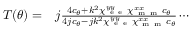
\begin{array} { r l } { T ( \theta ) = } & { { } j \frac { 4 c _ { \theta } + k ^ { 2 } \chi _ { \mathrm { ~ e ~ e ~ } } ^ { y y } \chi _ { \mathrm { ~ m ~ m ~ } } ^ { x x } c _ { \theta } } { 4 j c _ { \theta } - j k ^ { 2 } \chi _ { \mathrm { ~ e ~ e ~ } } ^ { y y } \chi _ { \mathrm { ~ m ~ m ~ } } ^ { x x } c _ { \theta } } \cdots } \end{array}